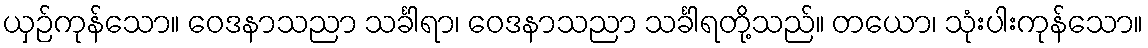
ယှဉ်ကုန်သော။ ဝေဒနာသညာ သင်္ခါရာ၊ ဝေဒနာသညာ သင်္ခါရတို့သည်။ တယော၊ သုံးပါးကုန်သော။